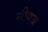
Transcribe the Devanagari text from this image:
सीएज